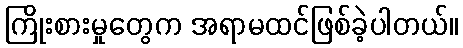
ကြိုးစားမှုတွေက အရာမထင်ဖြစ်ခဲ့ပါတယ်။